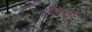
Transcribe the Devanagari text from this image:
सीरामपुर